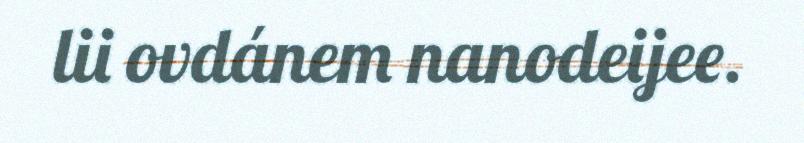
lii ovdánem nanodeijee.